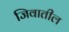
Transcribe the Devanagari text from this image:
जिवातील